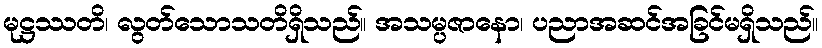
မုဋ္ဌဿတိ၊ လွတ်သောသတိရှိသည်။ အသမ္ပဇာနော၊ ပညာအဆင်အခြင်မရှိသည်။